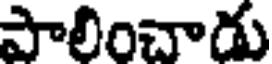
పాలించాడు